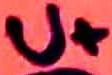
Text: U+